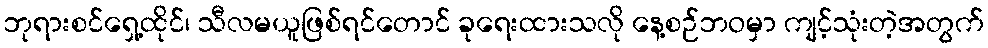
ဘုရားစင်ရှေ့ထိုင်၊ သီလမယူဖြစ်ရင်တောင် ခုရေးထားသလို နေ့စဉ်ဘဝမှာ ကျင့်သုံးတဲ့အတွက်